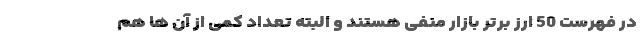
در فهرست 50 ارز برتر بازار منفی هستند و البته تعداد کمی از آن ها هم